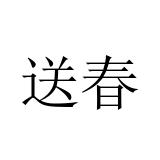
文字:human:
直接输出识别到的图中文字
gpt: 送春